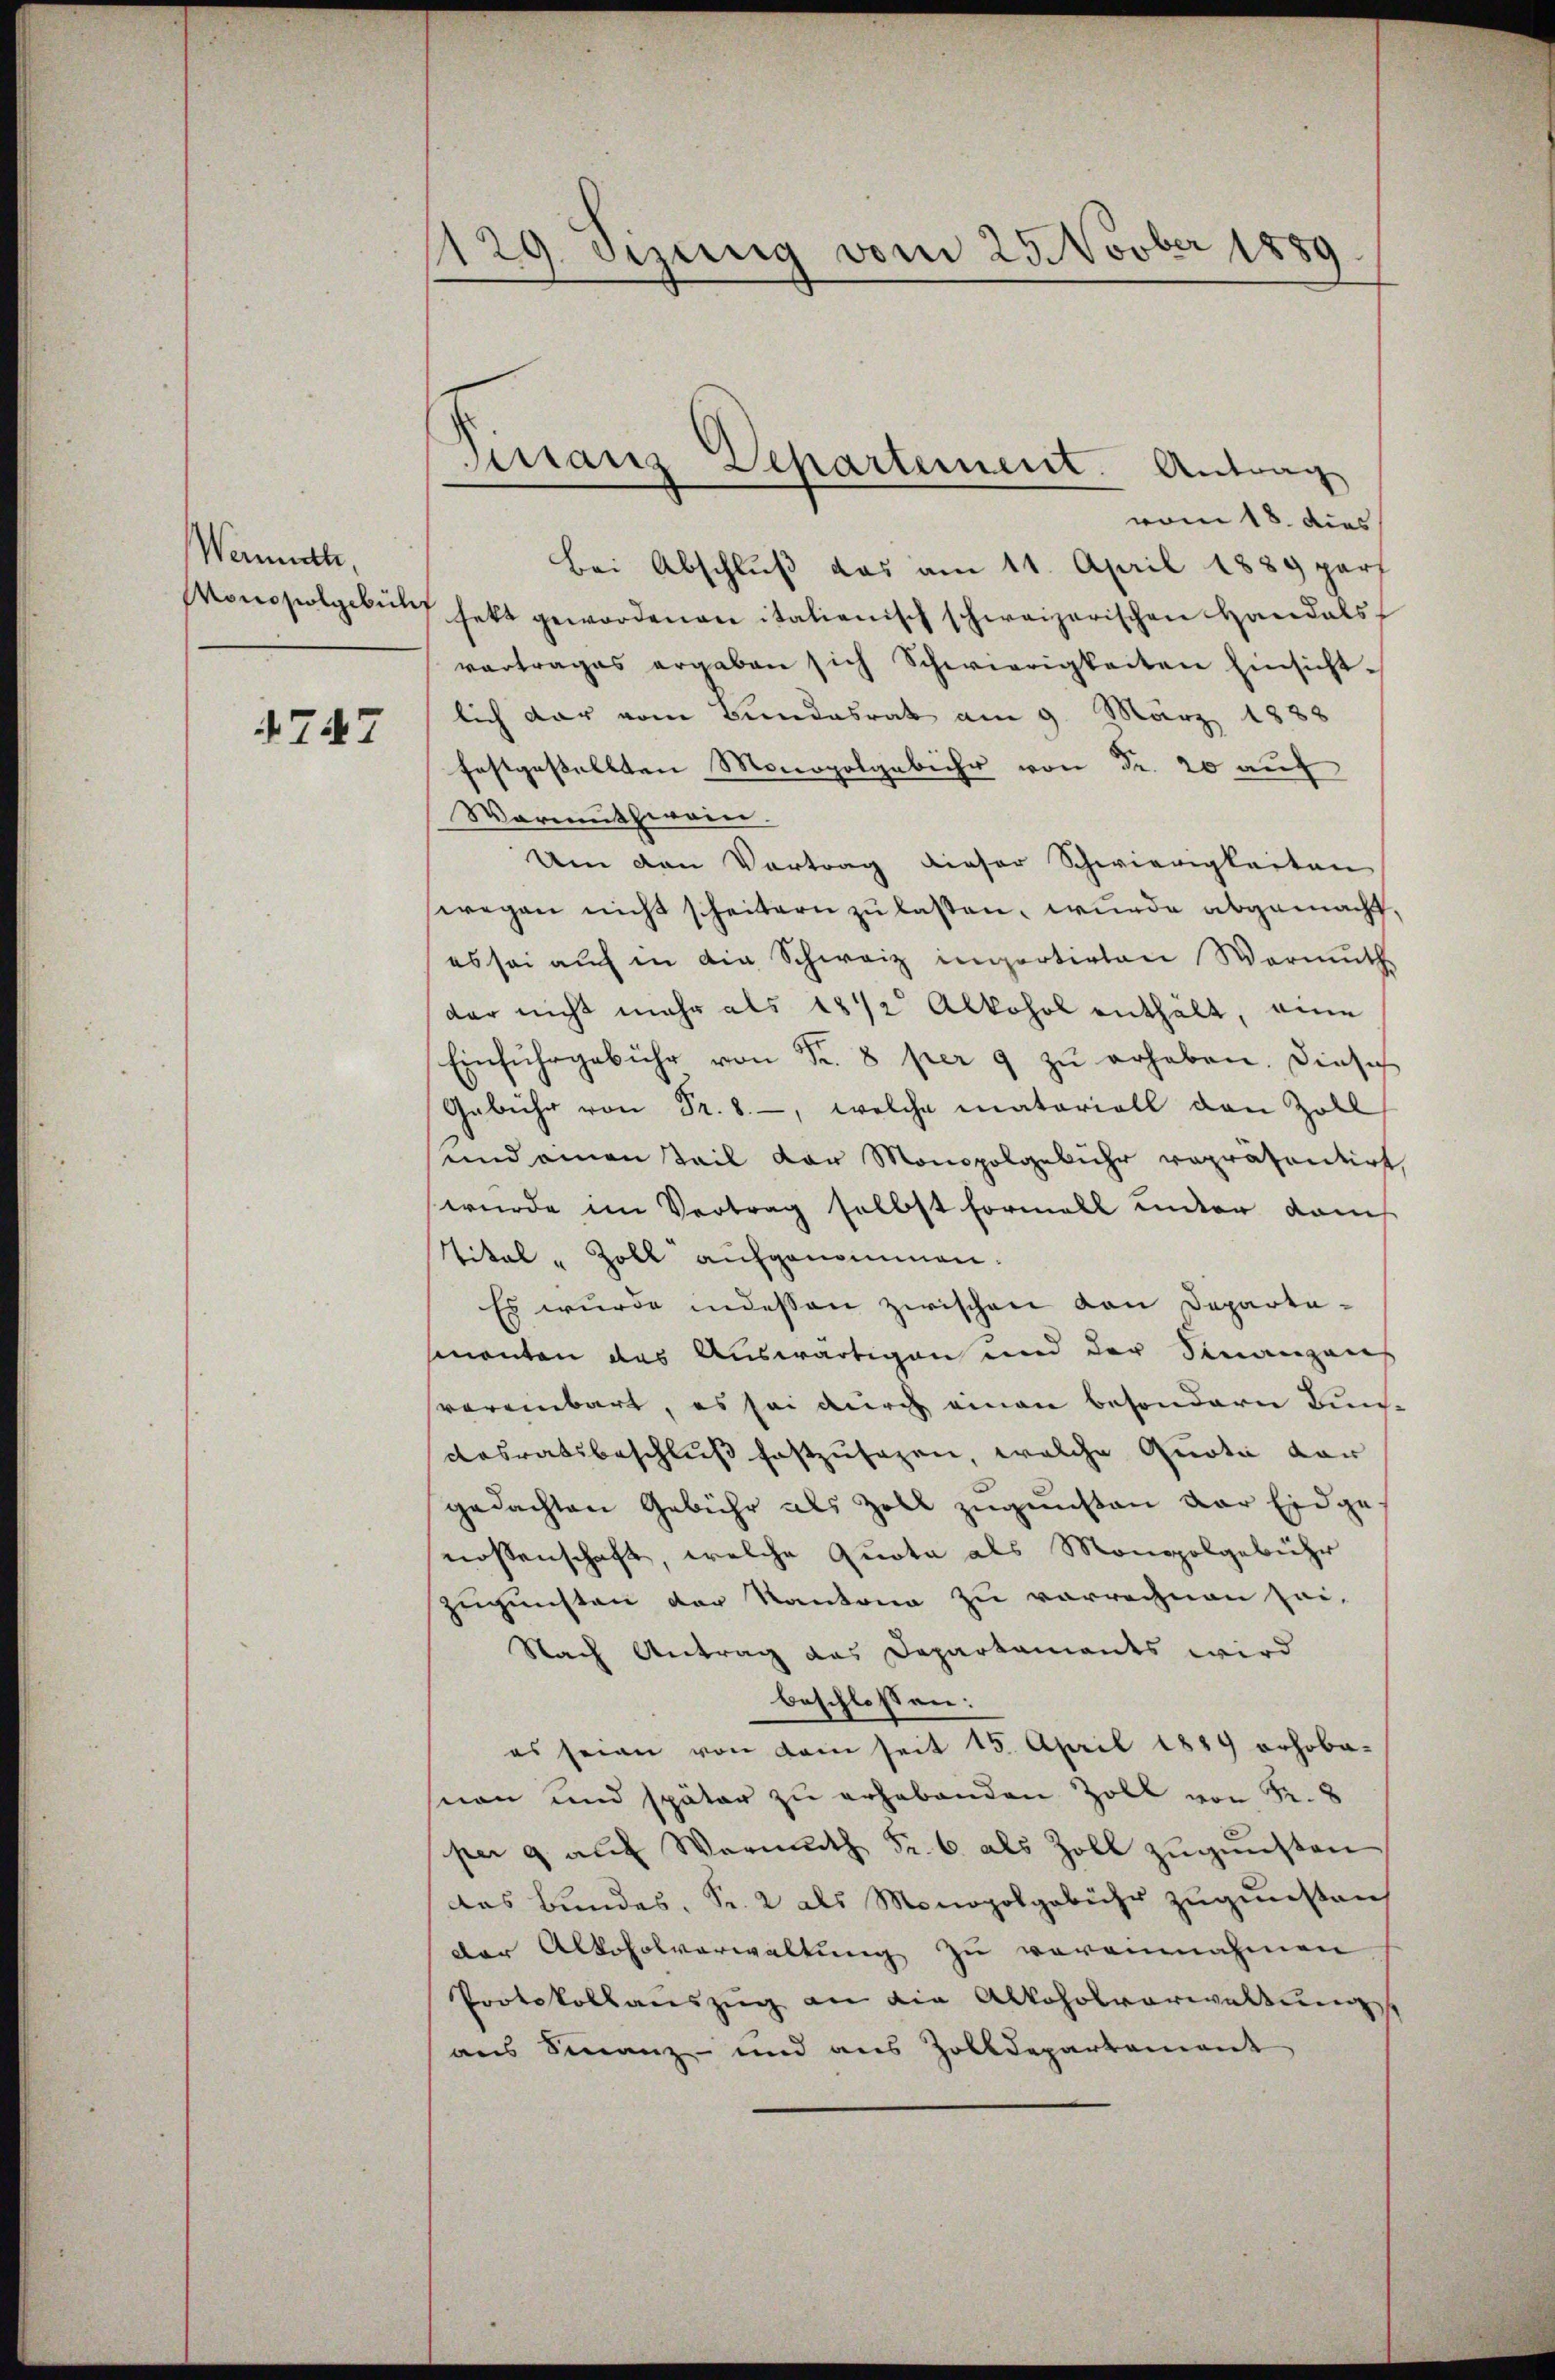
Werneth,
Monopolgebühr

4747

129. dezung vom 29 Novber 1889

Sirranz Departement. Antrag

vom 18. dies
Bei Abschluß das am 11. April 1889 part
fekt gewordenen italienisch schweizerischen Handals
vertrages ergaben sich Schwierigkeiten Einsicht-
lich dar vom Bundesrat am 9. März 1888
festgestellten Monopolgebühr von Fr. 20 auf
Warmuthwein.
Um den Vortrag dieser Schwierigkeiten
wegen nicht scheitern zu lassen, wurde abgemacht,
es sei auf in die Schweiz inartirten Wermuth
dar nicht mehr als 1812 Alkohol enthält, eine
Einfuhrgebühr von Fr. 8 per 9 zu erheben. Diese
Gebühr, welche materiell den Zoll
und einen Teil der Monopolgebühr repräsentirt,
wurde im Vertrag selbst formell unter auch
tital - Zoll aufgenommen.
Es wurde indessen zwischen von Departamanten das Auswärtigen und der Finanzans
vereinbart, es sei durch einen besondern Bundasratsbeschluß festzusagen, welche Quote vor
gedachten Gebühr als Zoll zugunsten der Eidge-
nossenschaft, welche Quota als Monopolgebühr
zugunsten der Kantone zu vorrechnen sei-
Nach Antrag das Departaments wird
beschlossen:
es seien von dem seit 15. April 1889 erhobenen und später zu erhabenden Zoll von R. 8
per 9 auf Warmuth Fr. 6 als Zoll zugunsten
das Bundes, Fr. 2 als Monopolgebühr zugunsten
der Alkoholverwaltung zu vereinnahmen
Protokollauszug an die Alkoholverwaltung
aus Finanz- und aus Zolldepartement